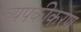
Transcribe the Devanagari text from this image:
व्यपकीकरण